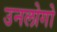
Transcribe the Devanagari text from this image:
उनलोगो